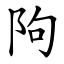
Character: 䧁